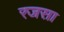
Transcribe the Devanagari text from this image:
रजसा